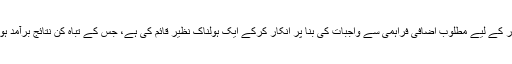
ایس ایس جی سی نے کے الیکٹرک کو بجلی کی پیداوار کے لیے مطلوب اضافی فراہمی سے واجبات کی بنا پر انکار کرکے ایک ہولناک نظیر قائم کی ہے، جس کے تباہ کُن نتائج برآمد ہوسکتے ہیں، اسے کسی صورت قبول نہیں کیا جاسکتا۔